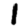
Digit: 1